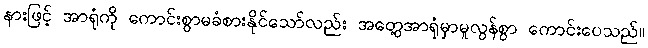
နားဖြင့် အာရုံကို ကောင်းစွာမခံစားနိုင်သော်လည်း အတွေ့အာရုံမှာမူလွန်စွာ ကောင်းပေသည်။